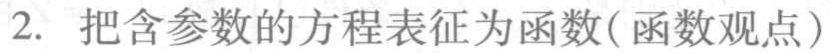
2. 把含参数的方程表征为函数(函数观点)